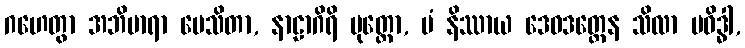
ဂဟေတွာ အဘိမာရာ ပေသိတာ, နာဠာဂိရိ မုတ္တော, မံ နိဿာယ ဒေဝဒတ္တေန သိလာ ပဝိဒ္ဓါ,